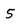
Character: 5